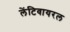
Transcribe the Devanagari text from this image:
लेंटिवायरल